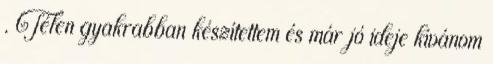
. Télen gyakrabban készítettem és már jó ideje kívánom